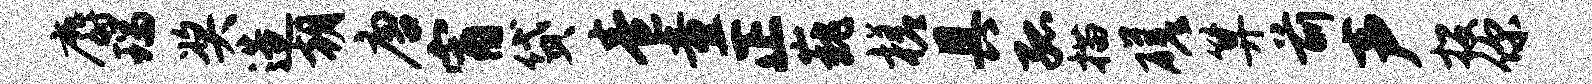
麝瑞奖造朝唐宵贷卷童正巍槎具孤描磋算前声投你